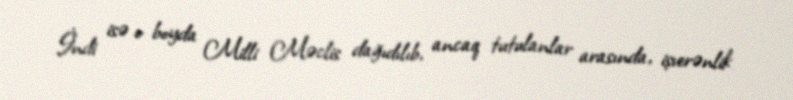
İndi isə o boyda Milli Məclis dağıdılıb, ancaq tutulanlar arasında, işverənlik